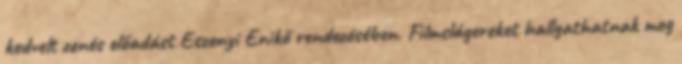
kedvelt zenés előadást Eszenyi Enikő rendezésében. Filmslágereket hallgathatnak meg